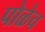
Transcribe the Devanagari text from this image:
पोळेच